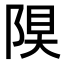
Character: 𨺆